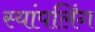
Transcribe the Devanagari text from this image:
स्यांपलिंग